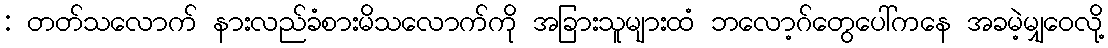
: တတ်သလောက် နားလည်ခံစားမိသလောက်ကို အခြားသူများထံ ဘလော့ဂ်တွေပေါ်ကနေ အခမဲ့မျှဝေလို့